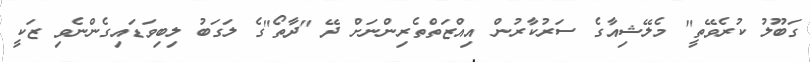
ގަބޫލު ކުރެވޭތީ" މެލޭޝިއާގެ ސަރުކާރުން އިއްޒަތްތެރިންނަށް ދޭ "ދާތޯ"ގެ ލަގަބު ލިބިވަޑައިގެންނެވި ޒަކީ